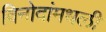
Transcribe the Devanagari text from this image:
विनोदांमधली